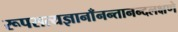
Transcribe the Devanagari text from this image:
रूपसत्यज्ञानाँनन्तानन्दलक्षणे